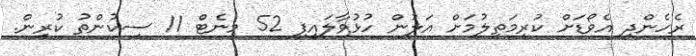
ރެހެންދި އެވޯޑަށް ކުރިމަތިލުމަށް އަލުން ހުޅުވާލައިފި 52 މިނެޓް 11 ސިކުންތު ކުރިން.